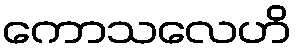
ကောသလေဟိ